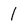
Character: 1